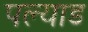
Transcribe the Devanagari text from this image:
पल्याड